Civil Veterinary Dept. Assam report 1927-50 - 1927-1950
Year: 1927
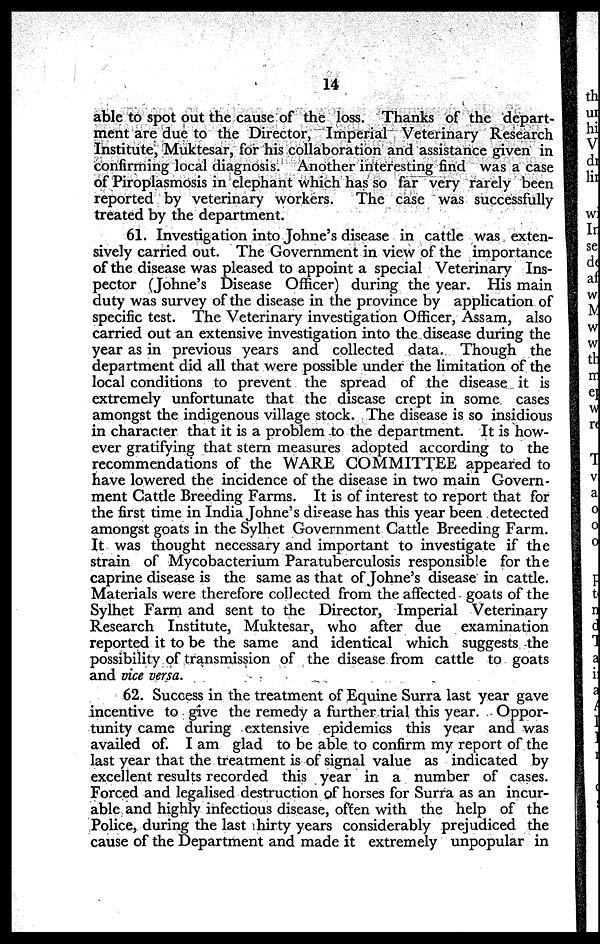
14
able to spot out the cause of the loss. Thanks of the depart-
ment are due to the Director, Imperial Veterinary Research
Institute, Muktesar, for his collaboration and assistance given in
confirming local diagnosis. Another interesting find was a case
of Piroplasmosis in elephant which has so far very rarely been
reported by veterinary workers. The case was successfully
treated by the department.
61. Investigation into Johne's disease in cattle was exten-
sively carried out. The Government in view of the importance
of the disease was pleased to appoint a special Veterinary Ins-
pector (Johne's Disease Officer) during the year. His main
duty was survey of the disease in the province by application of
specific test. The Veterinary investigation Officer, Assam, also
carried out an extensive investigation into the disease during the
year as in previous years and collected data. Though the
department did all that were possible under the limitation of the
local conditions to prevent the spread of the disease it is
extremely unfortunate that the disease crept in some cases
amongst the indigenous village stock. The disease is so insidious
in character that it is a problem to the department. It is how-
ever gratifying that stern measures adopted according to the
recommendations of the WARE COMMITTEE appeared to
have lowered the incidence of the disease in two main Govern-
ment Cattle Breeding Farms. It is of interest to report that for
the first time in India Johne's disease has this year been detected
amongst goats in the Sylhet Government Cattle Breeding Farm.
It was thought necessary and important to investigate if the
strain of Mycobacterium Paratuberculosis responsible for the
caprine disease is the same as that of Johne's disease in cattle.
Materials were therefore collected from the affected goats of the
Sylhet Farm and sent to the Director, Imperial Veterinary
Research Institute, Muktesar, who after due examination
reported it to be the same and identical which suggests the
possibility of transmission of the disease from cattle to goats
and vice versa.
62. Success in the treatment of Equine Surra last year gave
incentive to give the remedy a further trial this year. Oppor-
tunity came during extensive epidemics this year and was
availed of. I am glad to be able to confirm my report of the
last year that the treatment is of signal value as indicated by
excellent results recorded this year in a number of cases.
Forced and legalised destruction of horses for Surra as an incur-
able and highly infectious disease, often with the help of the
Police, during the last hirty years considerably prejudiced the
cause of the Department and made it extremely unpopular in